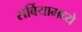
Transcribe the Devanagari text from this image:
सर्बियामध्ये